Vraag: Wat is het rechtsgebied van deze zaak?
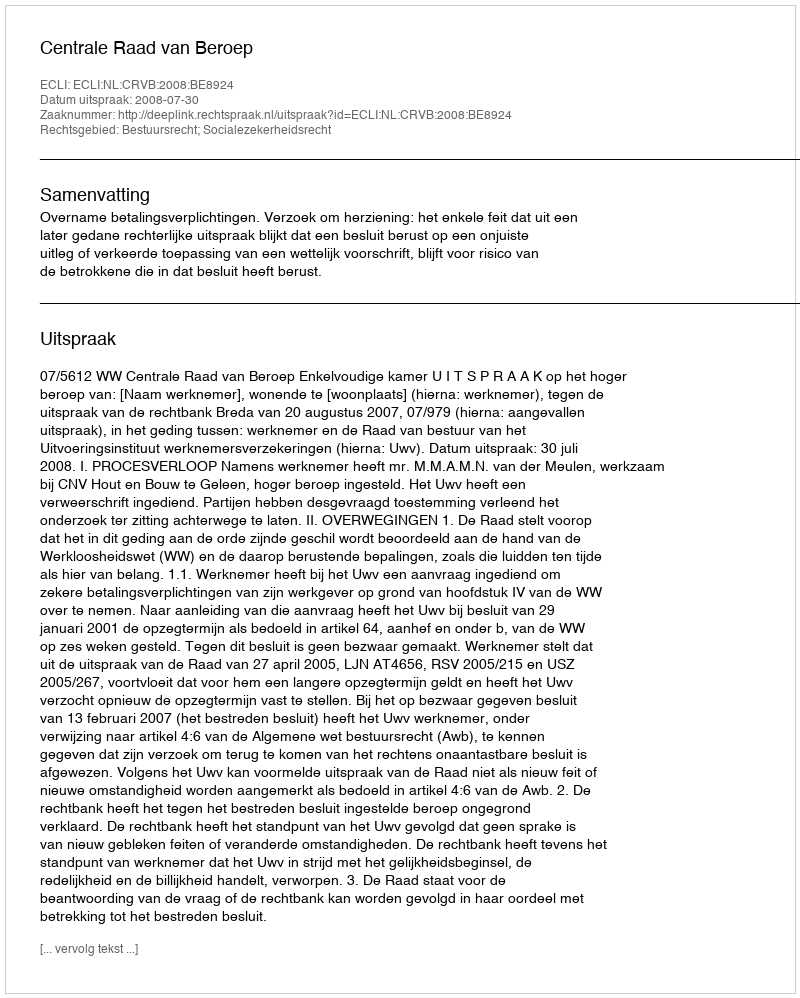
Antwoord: Bestuursrecht; Socialezekerheidsrecht